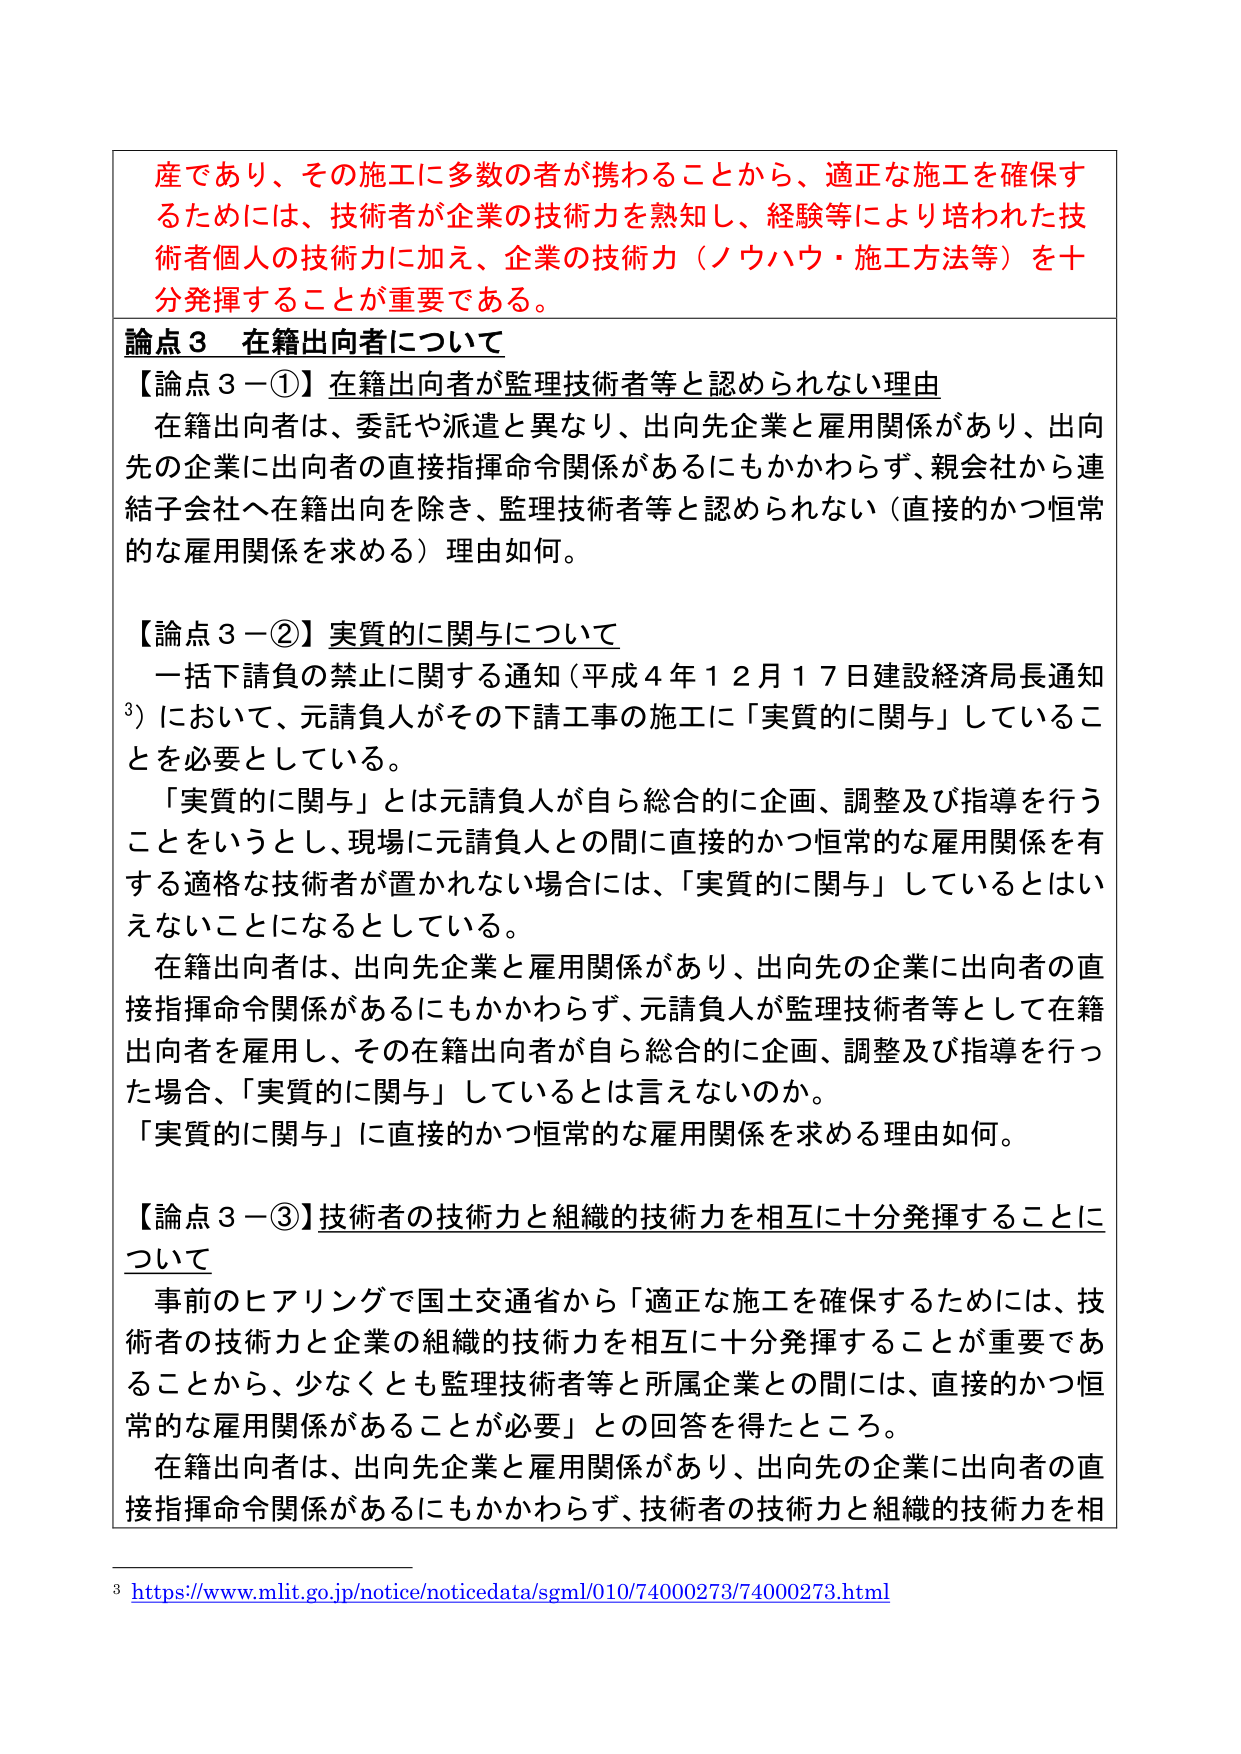
産であり、その施工に多数の者が携わることから、適正な施工を確保するためには、技術者が企業の技術力を熟知し、経験等により培われた技術者個人の技術力に加え、企業の技術力（ノウハウ・施工方法等）を十分発揮することが重要である。

論点３ 在籍出向者について

【論点３－①】在籍出向者が監理技術者等と認められない理由
在籍出向者は、委託や派遣と異なり、出向先企業と雇用関係があり、出向先の企業に出向者の直接指揮命令関係があるにもかかわらず、親会社から連結子会社へ在籍出向を除き、監理技術者等と認められない（直接的かつ恒常的な雇用関係を求める）理由如何。

【論点３－②】実質的に関与について
一括下請負の禁止に関する通知（平成４年１２月１７日建設経済局長通知
³）において、元請負人がその下請工事の施工に「実質的に関与」していることを必要としている。
「実質的に関与」とは元請負人が自ら総合的に企画、調整及び指導を行うことをいうとし、現場に元請負人との間に直接的かつ恒常的な雇用関係を有する適格な技術者が置かれない場合には、「実質的に関与」しているとはいえないことになるとしている。
在籍出向者は、出向先企業と雇用関係があり、出向先の企業に出向者の直接指揮命令関係があるにもかかわらず、元請負人が監理技術者等として在籍出向者を雇用し、その在籍出向者が自ら総合的に企画、調整及び指導を行った場合、「実質的に関与」しているとは言えないのか。
「実質的に関与」に直接的かつ恒常的な雇用関係を求める理由如何。

【論点３－③】技術者の技術力と組織的技術力を相互に十分発揮することについて
事前のヒアリングで国土交通省から「適正な施工を確保するためには、技術者の技術力と企業の組織的技術力を相互に十分発揮することが重要であることから、少なくとも監理技術者等と所属企業との間には、直接的かつ恒常的な雇用関係があることが必要」との回答を得たところ。
在籍出向者は、出向先企業と雇用関係があり、出向先の企業に出向者の直接指揮命令関係があるにもかかわらず、技術者の技術力と組織的技術力を相

³ https://www.mlit.go.jp/notice/noticedata/sgml/010/74000273/74000273.html